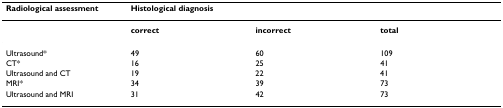
<table><thead><tr><td><b>Radiological assessment</b></td><td colspan="3"><b>Histological diagnosis</b></td></tr></thead><tbody><tr><td></td><td><b>correct</b></td><td><b>incorrect</b></td><td><b>total</b></td></tr><tr><td>Ultrasound*</td><td>49</td><td>60</td><td>109</td></tr><tr><td>CT*</td><td>16</td><td>25</td><td>41</td></tr><tr><td>Ultrasound and CT</td><td>19</td><td>22</td><td>41</td></tr><tr><td>MRI*</td><td>34</td><td>39</td><td>73</td></tr><tr><td>Ultrasound and MRI</td><td>31</td><td>42</td><td>73</td></tr></tbody></table>